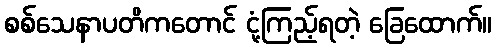
စစ်သေနာပတိကတောင် ငုံ့ကြည့်ရတဲ့ ခြေထောက်။